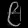
Digit: ၉